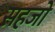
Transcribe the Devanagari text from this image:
सहजो